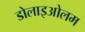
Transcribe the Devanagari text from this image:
डोलाइओलम